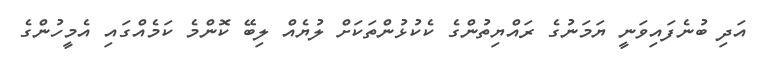
އަދި ބުނެފައިވަނީ ޔަމަނުގެ ރައްޔިތުންގެ ކެކުޅުންތަކަށް ލުޔެއް ލިބޭ ކޮންމެ ކަމެއްގައި އެމީހުންގެ